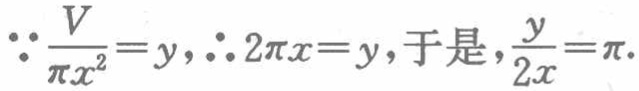
\(\because \frac{V}{\pi x^{2}} = y,\therefore 2\pi x = y\)，于是，\(\frac{y}{2x}=\pi\).